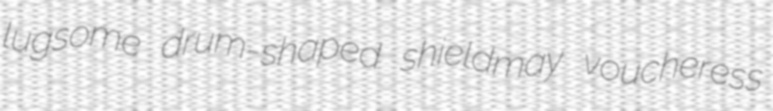
lugsome drum-shaped shieldmay voucheress